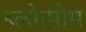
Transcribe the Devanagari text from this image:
ब्लोसोम